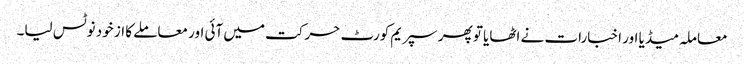
معاملہ میڈیا اور اخبارات نے اٹھایا تو پھر سپریم کورٹ حرکت میں آئی اور معاملے کا از خود نوٹس لیا۔